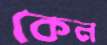
কেন